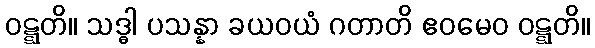
ဝဋ္ဋတိ။ သဒ္ဓါ ပသန္နာ ခယဝယံ ဂတာတိ ဧဝမေဝ ဝဋ္ဋတိ။